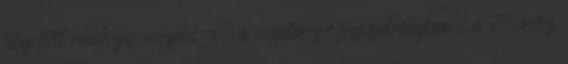
telepített rendszer megfelel-e, a vonatkozó jogszabályban, a 2. rész